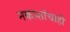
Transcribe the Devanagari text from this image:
नकाशांचाही